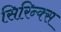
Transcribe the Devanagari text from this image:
सिरिन्क्स